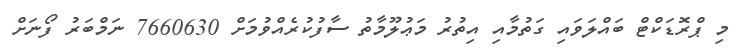
މި ޕްރޮޑަކްޓް ބައްލަވައި ގަތުމާއި އިތުރު މަޢުލޫމާތު ސާފުކުރެއްވުމަށް 7660630 ނަމްބަރު ފޯނަށް